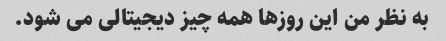
به نظر من این روزها همه چیز دیجیتالی می شود.